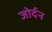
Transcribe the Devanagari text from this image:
जोर्दन